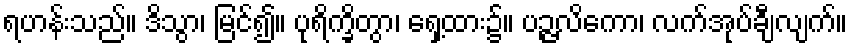
ရဟန်းသည်။ ဒိသွာ၊ မြင်၍။ ပုရိက္ခိတွာ၊ ရှေ့ထား၌။ ပဉ္ဇလိကော၊ လက်အုပ်ချီလျက်။